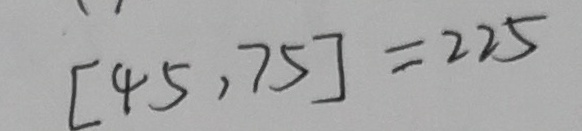
[ 4 5 , 7 5 ] = 2 2 5